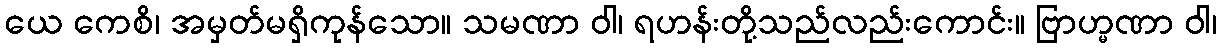
ယေ ကေစိ၊ အမှတ်မရှိကုန်သော။ သမဏာ ဝါ၊ ရဟန်းတို့သည်လည်းကောင်း။ ဗြာဟ္မဏာ ဝါ၊